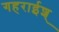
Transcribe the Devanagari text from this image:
गहराईश्